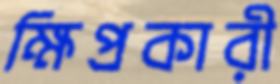
ক্ষিপ্রকারী